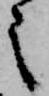
之